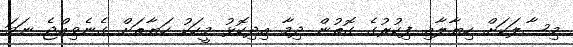
މިސާލަކަށް ހިޔާލާއި ފިކުރުގެ ގޮތުން ދިމާ އިދިކޮޅު މީހަކު ހަޔާތަށް ގެނެވިއްޖެ ނަމަ